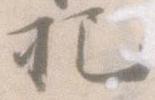
把